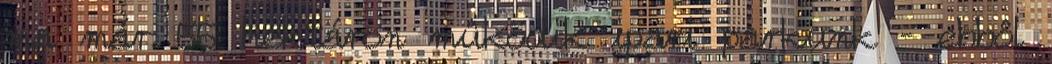
ma már 55 hektáron mûködik ipari parkunk – ebbôl